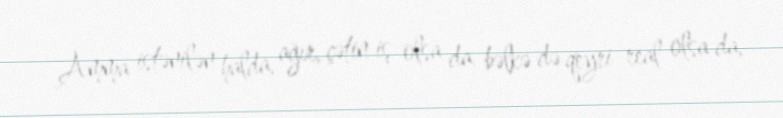
Amma istənilən halda, ağır, çətin iş olsa da, bəlkə də qeyri-real olsa da,